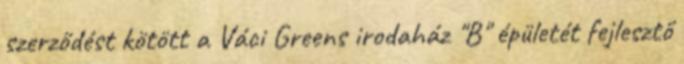
szerződést kötött a Váci Greens irodaház "B" épületét fejlesztő